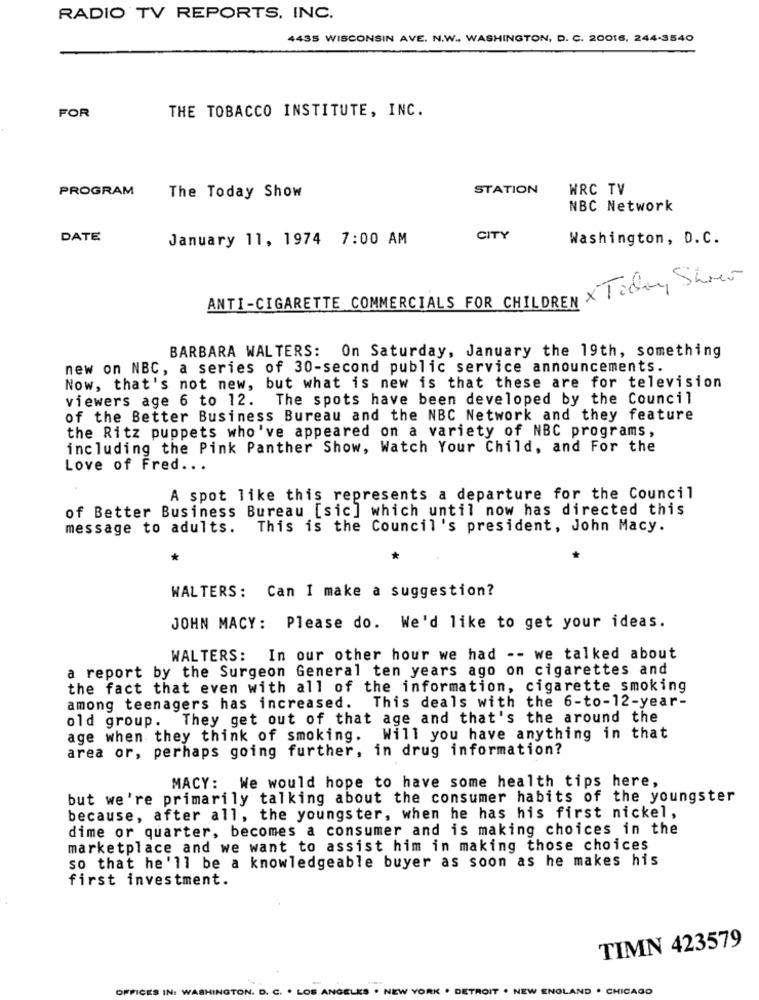
RADIO TV REPORTS, INC.
4435 WISCONSIN AVE. N.W ., WASHINGTON, D. C. 20016, 244-3540
FOR
THE TOBACCO INSTITUTE, INC.
STATION
WRC TV
PROGRAM
The Today Show
NBC Network
DATE
January 11, 1974 7:00 AM
CITY
Washington, D.C.
ANTI-CIGARETTE COMMERCIALS FOR CHILDREN × Ticking Sheer
BARBARA WALTERS: On Saturday, January the 19th, something
new on NBC, a series of 30-second public service announcements.
Now, that's not new, but what is new is that these are for television
viewers age 6 to 12. The spots have been developed by the Council
of the Better Business Bureau and the NBC Network and they feature
the Ritz puppets who've appeared on a variety of NBC programs,
including the Pink Panther Show, Watch Your Child, and For the
Love of Fred ...
A spot like this represents a departure for the Council
of Better Business Bureau [sic] which until now has directed this
message to adults. This is the Council's president, John Macy.
WALTERS: Can I make a suggestion?
JOHN MACY: Please do. We'd like to get your ideas.
WALTERS: In our other hour we had -- we talked about
a report by the Surgeon General ten years ago on cigarettes and
the fact that even with all of the information, cigarette smoking
This deals with the 6-to-12-year-
among teenagers has increased.
They get out of that age and that's the around the
old group.
age when they think of smoking.
Will you have anything in that
area or, perhaps going further, in drug information?
MACY: We would hope to have some health tips here,
but we're primarily talking about the consumer habits of the youngster
because, after all, the youngster, when he has his first nickel,
dime or quarter, becomes a consumer and is making choices in the
marketplace and we want to assist him in making those choices
so that he'll be a knowledgeable buyer as soon as he makes his
first investment.
TIMN 423579
OFFICES IN:
HINGTON.
. . LOS ANGEL
NEW YORK . DETROIT . NEW ENGLAND . CHICAGO